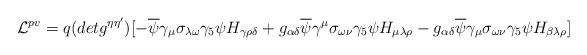
LaTeX: \begin{align*}{\cal{L}}^{pv} = q (det g^{\eta\eta'})[-\overline{\psi}\gamma_{\mu}\sigma_{\lambda\omega}\gamma_{5}\psi H_{\gamma\rho\delta} +g_{\alpha\delta}\overline{\psi}\gamma^{\mu}\sigma_{\omega\nu}\gamma_{5}\psi H_{\mu\lambda\rho} -g_{\alpha\delta}\overline{\psi}\gamma_{\mu}\sigma_{\omega\nu}\gamma_{5}\psi H_{\beta\lambda\rho}]\end{align*}